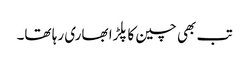
تب بھی چین کا پلڑا بھاری رہا تھا۔